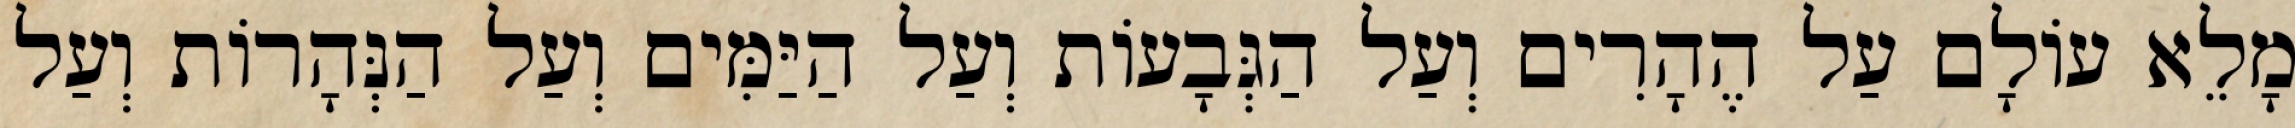
מָלֵא עוֹלָם עַל הֶהָרִים וְעַל הַגְּבָעוֹת וְעַל הַיַּמִּים וְעַל הַנְּהָרוֹת וְעַל